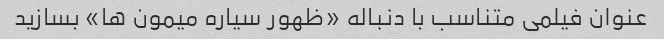
عنوان فیلمی متناسب با دنباله «ظهور سیاره میمون ها» بسازید